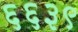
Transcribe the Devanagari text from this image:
६६३९